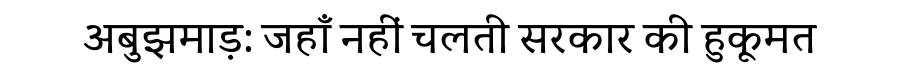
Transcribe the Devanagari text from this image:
अबुझमाड़: जहाँ नहीं चलती सरकार की हुकूमत